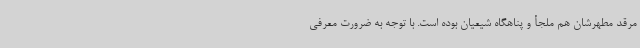
مرقد مطهرشان هم ملجأ و پناهگاه شیعیان بوده است. با توجه به ضرورت معرفی